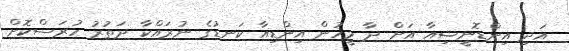
އަދި އިންޑޮނީޝިއާ އަށް ދާ މީހުން އިންޑިއާ ކަނޑުގެ ނުރައްކާ ދަތުރު ހުރަސްކޮށް